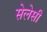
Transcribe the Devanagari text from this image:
सेलेसी